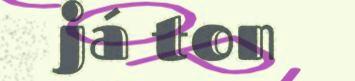
já ton